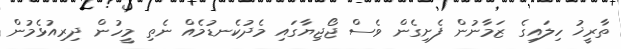
ތާރީޚު ހިލައިގެ ޒަމާނުން ފެށިގެން ވެސް ޖޯޖިޔާގައި މެދުކެނޑުމެއް ނެތި މީހުން ދިރިއުޅެމުން